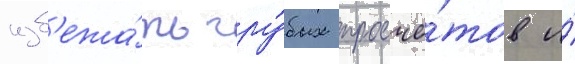
изб'ежа́ть гру́бых просчё́тов и́